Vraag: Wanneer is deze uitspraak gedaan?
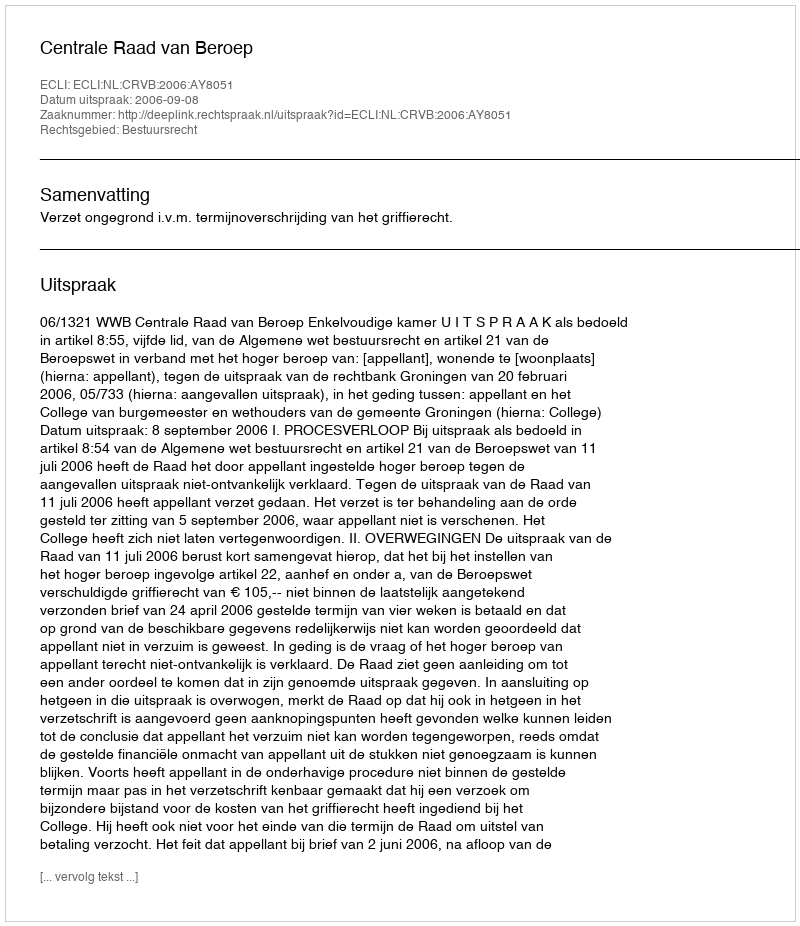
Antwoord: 2006-09-08